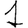
Digit: 1